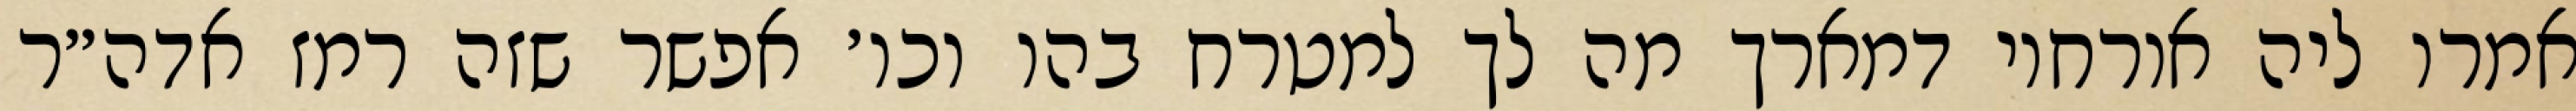
אמרו ליה אורחוי דמארך מה לך למטרח בהו וכו׳ אפשר שזה רמז אדה״ר